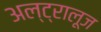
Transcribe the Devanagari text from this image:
अल्ट्रालूज